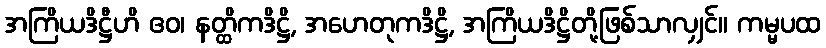
အကြိယဒိဋ္ဌီဟိ ဧဝ၊ နတ္ထိကဒိဋ္ဌိ, အဟေတုကဒိဋ္ဌိ, အကြိယဒိဋ္ဌိတို့ဖြစ်သာလျှင်။ ကမ္မပထ